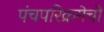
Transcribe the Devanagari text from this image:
पंचपरिक्रमेची